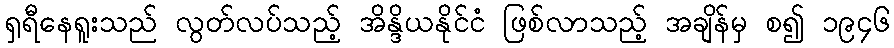
ရှရီနေရူးသည် လွတ်လပ်သည့် အိန္ဒိယနိုင်ငံ ဖြစ်လာသည့် အချိန်မှ စ၍ ၁၉၄၆